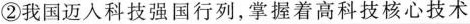
②我国迈入科技强国行列，掌握着高科技核心技术